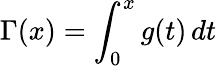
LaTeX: \Gamma(x)=\int_{0}^{x}g(t)\, dt